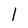
Character: l